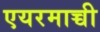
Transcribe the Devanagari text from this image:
एयरमाच्ची